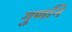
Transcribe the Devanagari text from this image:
गुणनि